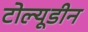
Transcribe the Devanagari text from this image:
टोल्यूडीन